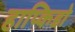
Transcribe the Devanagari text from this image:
हाप्किडो